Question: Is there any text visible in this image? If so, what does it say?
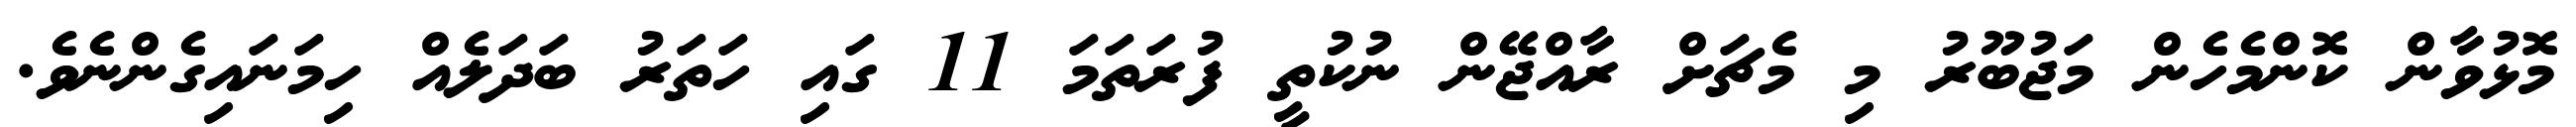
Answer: މޮޅުވާން ކޮންމެހެން މަޖުބޫރު މި މެޗަށް ރާއްޖޭން ނުކުތީ ފުރަތަމަ 11 ގައި ހަތަރު ބަދަލެއް ހިމަނައިގެންނެވެ.